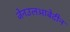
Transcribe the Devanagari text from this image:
जेनउलआबेदीन